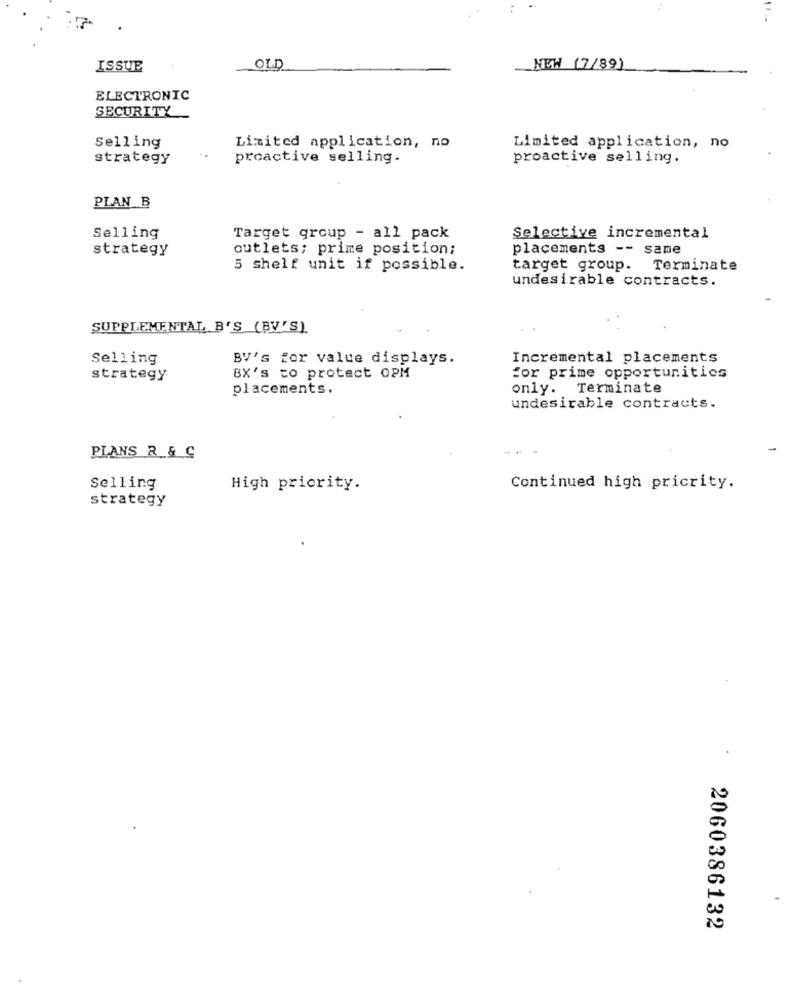
ISSUE
OLD
NEW (7/89)
ELECTRONIC
SECURITY
Selling
Limited application, no
Limited application, no
strategy
proactive selling.
proactive selling.
PLAN B
Selling
Target group - all pack
Selective incremental
strategy
outlets; prime position;
placements -- same
5 shelf unit if possible.
target group.
Terminate
undesirable contracts.
SUPPLEMENTAL B'S (BV'S)
Selling
BV's for value displays.
Incremental placements
strategy
BX's to protect 0PM
for prime opportunities
placements.
only. Terminate
undesirable contracts.
PLANS R & C
Selling
High priority.
Continued high pricrity.
strategy
2060386132